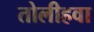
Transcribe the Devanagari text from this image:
तोलीहवा